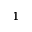
^ 1